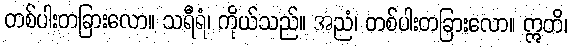
တစ်ပါးတခြားလော။ သရီရံ၊ ကိုယ်သည်။ အညံ၊ တစ်ပါးတခြားလော။ ဣတိ၊